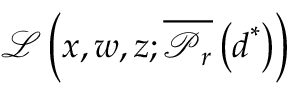
\mathcal { L } \left( \boldsymbol { x } , \boldsymbol { w } , z ; \overline { { \boldsymbol { \mathcal { P } } _ { r } } } \left( \boldsymbol { d } ^ { * } \right) \right)